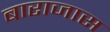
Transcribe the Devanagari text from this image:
बाराजास